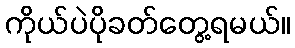
ကိုယ်ပဲပိုခတ်တွေ့ရမယ်။